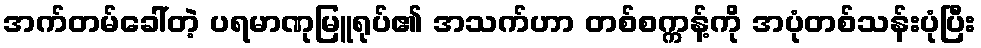
အက်တမ်ခေါ်တဲ့ ပရမာဏုမြူရုပ်၏ အသက်ဟာ တစ်စက္ကန့်ကို အပုံတစ်သန်းပုံပြီး